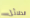
الدلائل